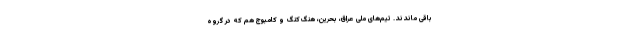
باقی ماندند. تیم‌های ملی عراق، بحرین، هنگ‌کنگ و کامبوج هم که در گروه